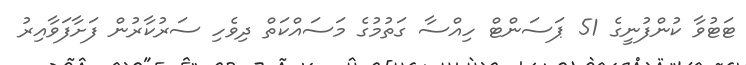
ޓަޓުވާ ކުންފުނީގެ 51 ޕަސަންޓް ހިއްސާ ގަތުމުގެ މަސައްކަތް ދިވެހި ސަރުކާރުން ފަށާފަވާއިރު